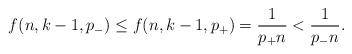
LaTeX: \begin{align*}f(n,k-1,p_-) \le f(n,k-1,p_+) = \frac {1}{p_+ n} < \frac {1}{p_- n}.\end{align*}